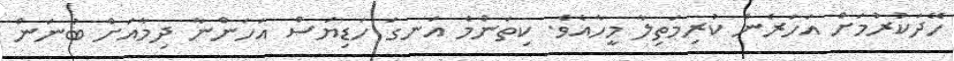
ހޭދަކުރުމަށް އަހަރެން ކުރިމަތިލާ މީހާއެވެ. ކިތަންމެ އަނގަ ހަޑިޔަސް އަހަންނާ ދިމާއަށް ބުނަން